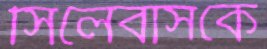
সিলেবাসকে